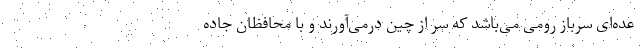
عده‌ای سرباز رومی می‌باشد که سر از چین درمی‌آورند و با محافظان جاده